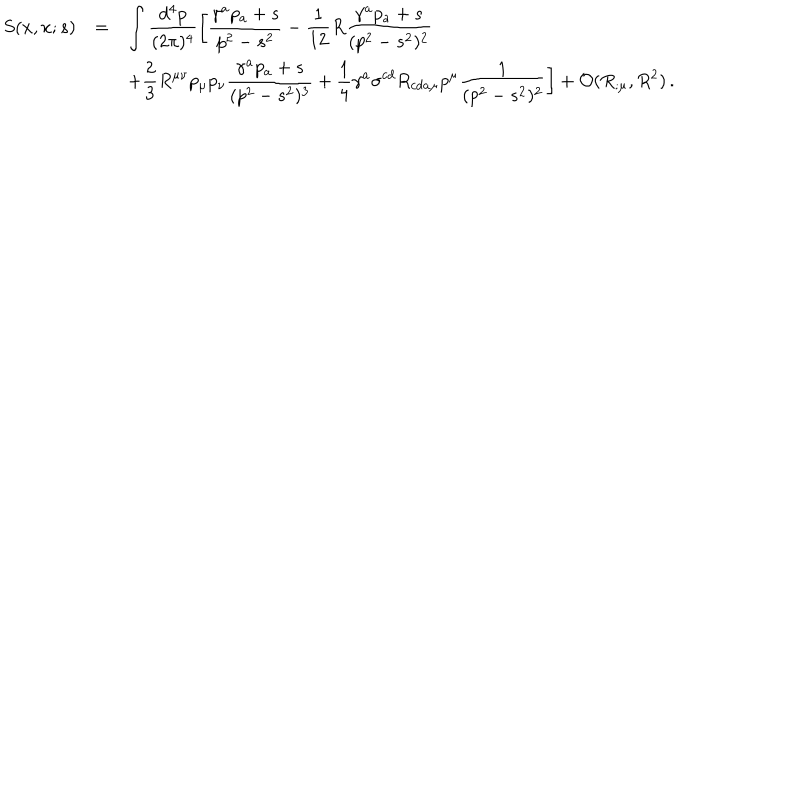
\begin{array} { r c l } { { \displaystyle S ( x , x ; s ) } } & { { = } } & { { \displaystyle \int \frac { d ^ { 4 } p } { ( 2 \pi ) ^ { 4 } } \left[ \frac { \gamma ^ { a } p _ { a } + s } { p ^ { 2 } - s ^ { 2 } } - \frac { 1 } { 1 2 } R \frac { \gamma ^ { a } p _ { a } + s } { ( p ^ { 2 } - s ^ { 2 } ) ^ { 2 } } \right. } } \\ { { } } & { { } } & { { \displaystyle \left. + \frac { 2 } { 3 } { R } ^ { \mu \nu } p _ { \mu } p _ { \nu } \frac { \gamma ^ { a } p _ { a } + s } { ( p ^ { 2 } - s ^ { 2 } ) ^ { 3 } } + \frac { 1 } { 4 } \gamma ^ { a } \sigma ^ { c d } { R } _ { c d a \mu } p ^ { \mu } \frac { 1 } { ( p ^ { 2 } - s ^ { 2 } ) ^ { 2 } } \right] + { \cal O } ( R _ { ; \mu } , R ^ { 2 } ) \, . } } \\ \end{array}